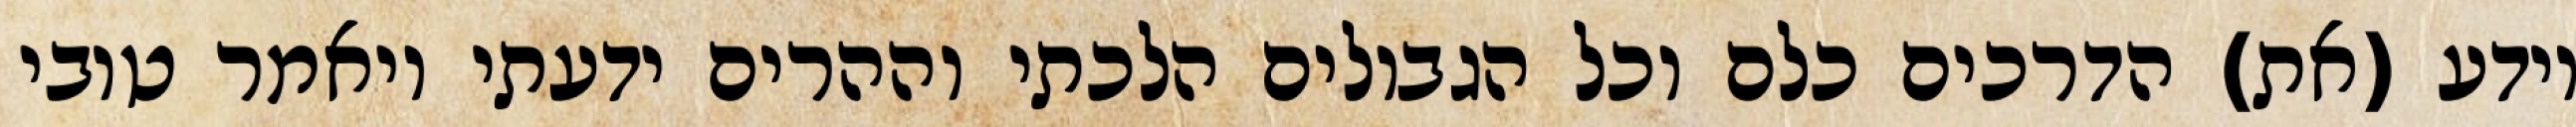
יודע (את) הדרכים כלם וכל הגבולים הלכתי וההרים ידעתי ויאמר טובי